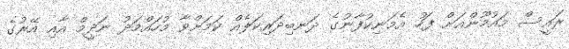
ރައީސް މައުމޫންއަށް ފަހު އެމަނިކުފާނުގެ ދަނބިދަރިކަލެއް ކަމަށްވާ މުހައްމަދު ނަދީމް އާއި އޭރުގެ